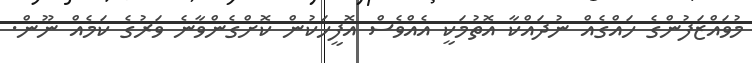
މުވައްޒަފުންގެ ހައްގެއް ނުދައްކާ އޮތުމަކީ އެއްވެސް އޮފީހަކުން ކޮށްގެންވާނެ ވަރުގެ ކަމެއް ނޫން.